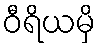
ဝီရိယမှိ